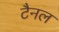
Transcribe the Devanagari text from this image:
टैनल